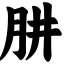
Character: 肼